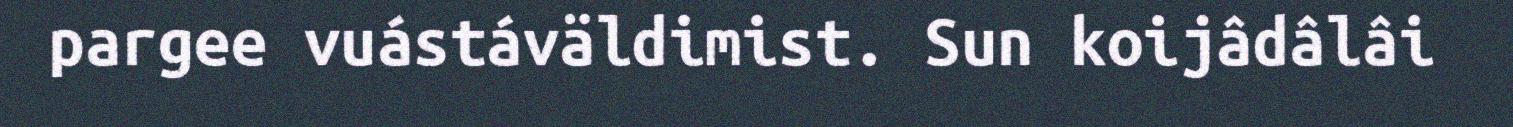
pargee vuástáväldimist. Sun koijâdâlâi